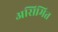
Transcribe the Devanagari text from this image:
असिमित